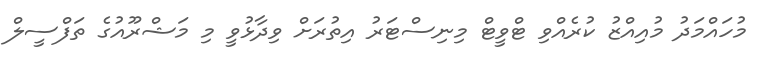
މުހައްމަދު މުއިއްޒު ކުރެއްވި ޓްވީޓް މިނިސްޓަރު އިތުރަށް ވިދާޅުވީ މި މަޝްރޫއުގެ ތަފްސީލް